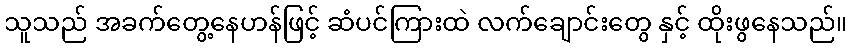
သူသည် အခက်တွေ့နေဟန်ဖြင့် ဆံပင်ကြားထဲ လက်ချောင်းတွေ နှင့် ထိုးဖွနေသည်။